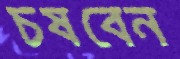
চষবেন